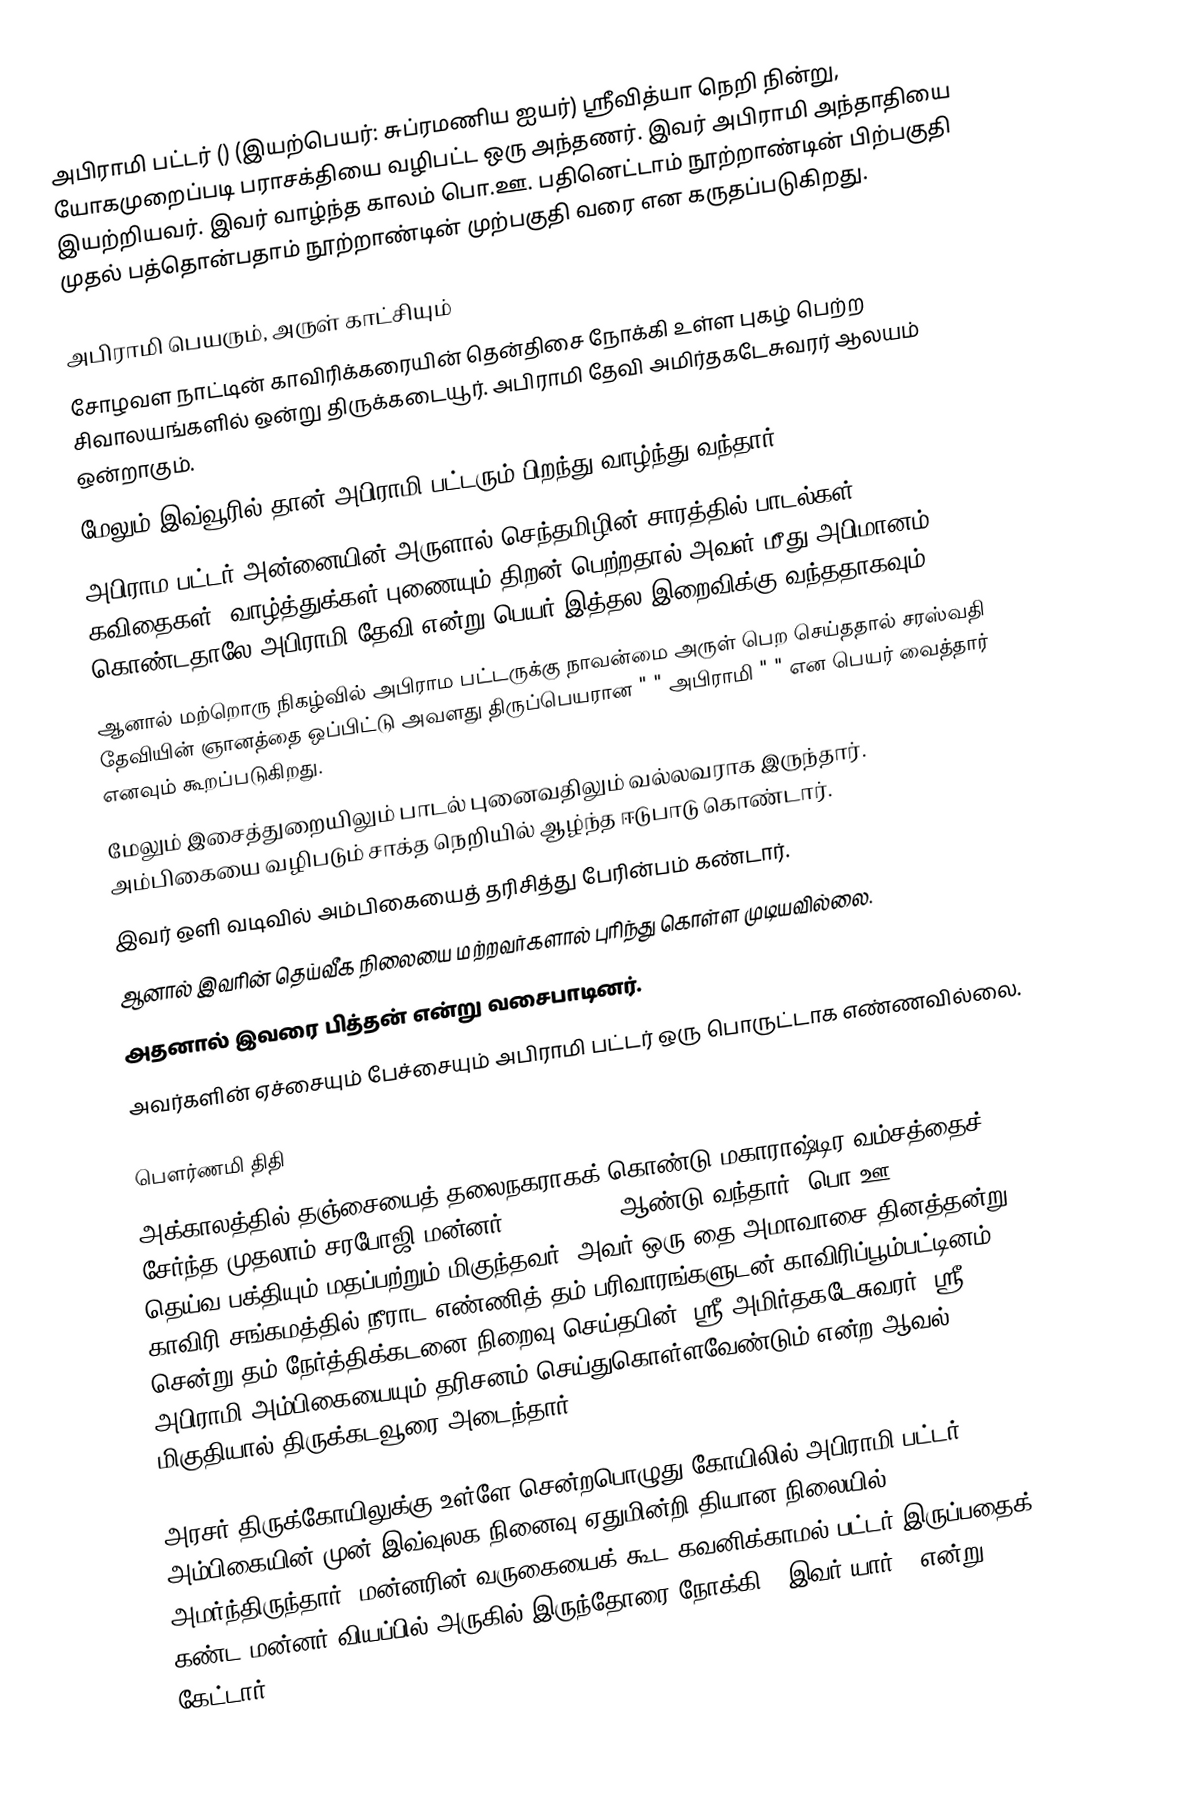
அபிராமி பட்டர் () (இயற்பெயர்: சுப்ரமணிய ஐயர்) ஸ்ரீவித்யா நெறி நின்று, யோகமுறைப்படி பராசக்தியை வழிபட்ட ஒரு அந்தணர். இவர் அபிராமி அந்தாதியை இயற்றியவர். இவர் வாழ்ந்த காலம் பொ.ஊ. பதினெட்டாம் நூற்றாண்டின் பிற்பகுதி முதல் பத்தொன்பதாம் நூற்றாண்டின் முற்பகுதி வரை என கருதப்படுகிறது.

அபிராமி பெயரும், அருள் காட்சியும்
 சோழவள நாட்டின் காவிரிக்கரையின் தென்திசை நோக்கி உள்ள புகழ் பெற்ற சிவாலயங்களில் ஒன்று திருக்கடையூர். அபிராமி தேவி அமிர்தகடேசுவரர் ஆலயம் ஒன்றாகும்.
 மேலும் இவ்வூரில் தான் அபிராமி பட்டரும் பிறந்து வாழ்ந்து வந்தார்.
 அபிராம பட்டர் அன்னையின் அருளால் செந்தமிழின் சாரத்தில் பாடல்கள், கவிதைகள், வாழ்த்துக்கள் புணையும் திறன் பெற்றதால் அவள் மீது அபிமானம் கொண்டதாலே அபிராமி தேவி என்று பெயர் இத்தல இறைவிக்கு வந்ததாகவும்.
 ஆனால் மற்றொரு நிகழ்வில் அபிராம பட்டருக்கு நாவன்மை அருள் பெற செய்ததால் சரஸ்வதி தேவியின் ஞானத்தை ஒப்பிட்டு அவளது திருப்பெயரான " " அபிராமி " " என பெயர் வைத்தார் எனவும் கூறப்படுகிறது.
 மேலும் இசைத்துறையிலும் பாடல் புனைவதிலும் வல்லவராக இருந்தார். அம்பிகையை வழிபடும் சாக்த நெறியில் ஆழ்ந்த ஈடுபாடு கொண்டார்.
 இவர் ஒளி வடிவில் அம்பிகையைத் தரிசித்து பேரின்பம் கண்டார்.
 ஆனால் இவரின் தெய்வீக நிலையை மற்றவர்களால் புரிந்து கொள்ள முடியவில்லை.
 அதனால் இவரை பித்தன் என்று வசைபாடினர்.
 அவர்களின் ஏச்சையும் பேச்சையும் அபிராமி பட்டர் ஒரு பொருட்டாக எண்ணவில்லை.

பௌர்ணமி திதி
அக்காலத்தில் தஞ்சையைத் தலைநகராகக் கொண்டு மகாராஷ்டிர வம்சத்தைச் சேர்ந்த முதலாம் சரபோஜி மன்னர் (Serfoji I) ஆண்டு வந்தார் (பொ.ஊ. 1675–1728). தெய்வ பக்தியும் மதப்பற்றும் மிகுந்தவர். அவர் ஒரு தை அமாவாசை தினத்தன்று காவிரி சங்கமத்தில் நீராட எண்ணித் தம் பரிவாரங்களுடன் காவிரிப்பூம்பட்டினம் சென்று தம் நேர்த்திக்கடனை நிறைவு செய்தபின், ஸ்ரீ அமிர்தகடேசுவரர், ஸ்ரீ அபிராமி அம்பிகையையும் தரிசனம் செய்துகொள்ளவேண்டும் என்ற ஆவல் மிகுதியால் திருக்கடவூரை அடைந்தார்.

அரசர் திருக்கோயிலுக்கு உள்ளே சென்றபொழுது கோயிலில் அபிராமி பட்டர் அம்பிகையின் முன் இவ்வுலக நினைவு ஏதுமின்றி தியான நிலையில் அமர்ந்திருந்தார். மன்னரின் வருகையைக் கூட கவனிக்காமல் பட்டர் இருப்பதைக் கண்ட மன்னர் வியப்பில் அருகில் இருந்தோரை நோக்கி, “இவர் யார்?” என்று கேட்டார்